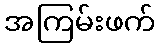
အကြမ်းဖက်